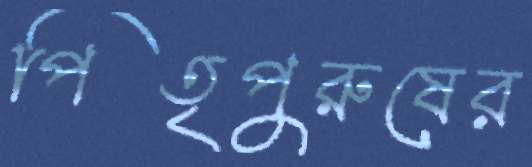
পিতৃপুরুষের